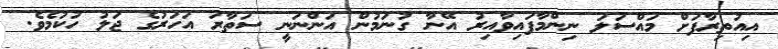
އިއުތިރާފަށް މައްސަލަ ނިންމާފައިވާއިރު އޭނާ ގުނަމުން އަންނަނީ ސަތާރަ އަހަރުގެ ޖަލު ހުކުމެވެ.